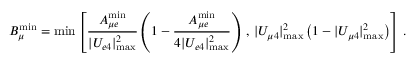
B _ { \mu } ^ { \mathrm { m i n } } = \operatorname * { m i n } \left[ \frac { A _ { { \mu } e } ^ { \mathrm { m i n } } } { | U _ { e 4 } | _ { \mathrm { m a x } } ^ { 2 } } \left( 1 - \frac { A _ { { \mu } e } ^ { \mathrm { m i n } } } { 4 | U _ { e 4 } | _ { \mathrm { m a x } } ^ { 2 } } \right) \, , \, | U _ { \mu 4 } | _ { \mathrm { m a x } } ^ { 2 } \left( 1 - | U _ { \mu 4 } | _ { \mathrm { m a x } } ^ { 2 } \right) \right] \, .